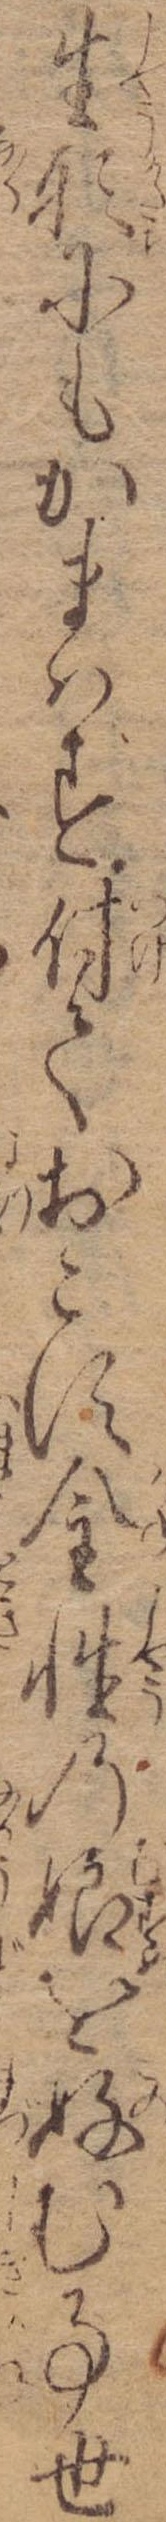
生形にもかまはず付ておこす金性の娘を好む事世